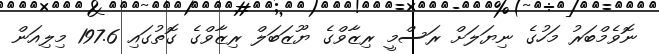
ނޮވެމްބަރު މަހުގެ ނިޔަލަށް ރަސްމީ ރިޒާވްގެ ޔޫޒަބަލް ރިޒާވްގެ ގޮތުގައި 197.6 މިލިއަން